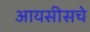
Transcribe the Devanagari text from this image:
आयसीसचे